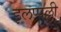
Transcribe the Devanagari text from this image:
इलप्पल्ली